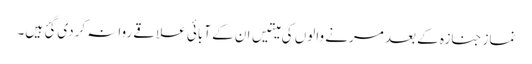
نماز جنازہ کے بعد مرنے والوں کی میتیں ان کے آبائی علاقے روانہ کردی گئ ہیں۔